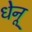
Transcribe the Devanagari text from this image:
धेनू